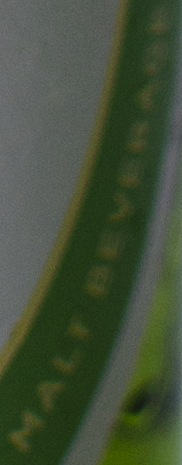
MALT BEVER###